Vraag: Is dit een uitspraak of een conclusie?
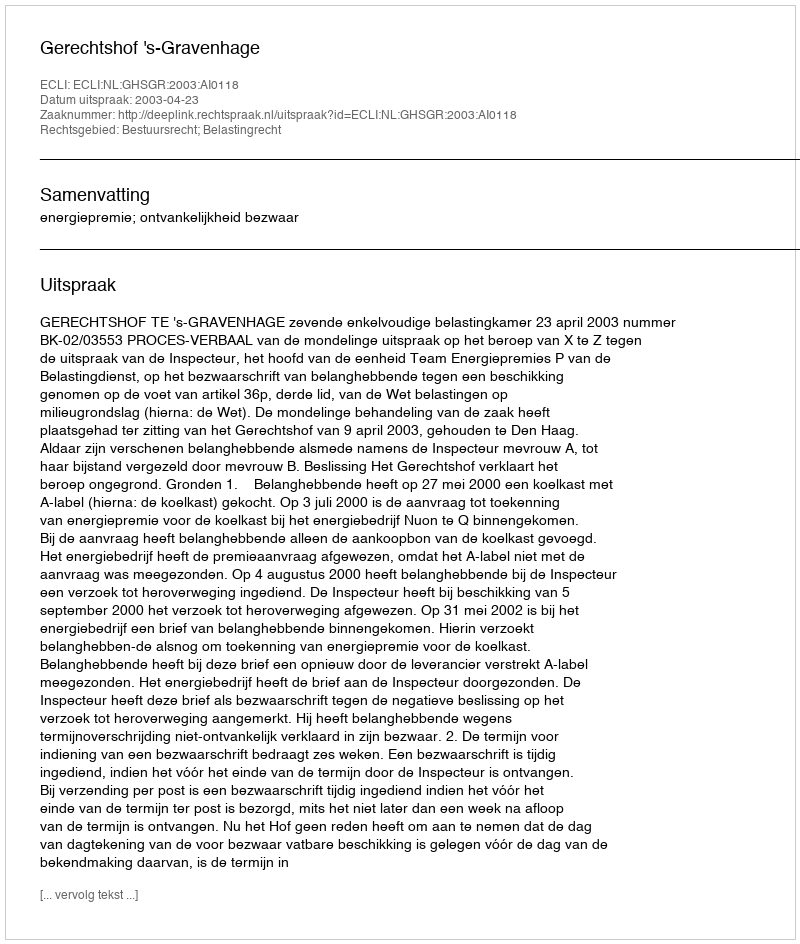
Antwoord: Uitspraak